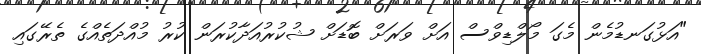
"އަޅުގަނޑުމެން މެގަ މޯލްޑިވްސް އަށް ވަރަށް ބޮޑަށް ޝުކުރުއަދާކުރަން ކުރު މުއްދަތެއްގެ ތެރޭގައި